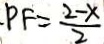
P F = \frac { 2 - x } { 2 }